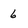
Character: 6